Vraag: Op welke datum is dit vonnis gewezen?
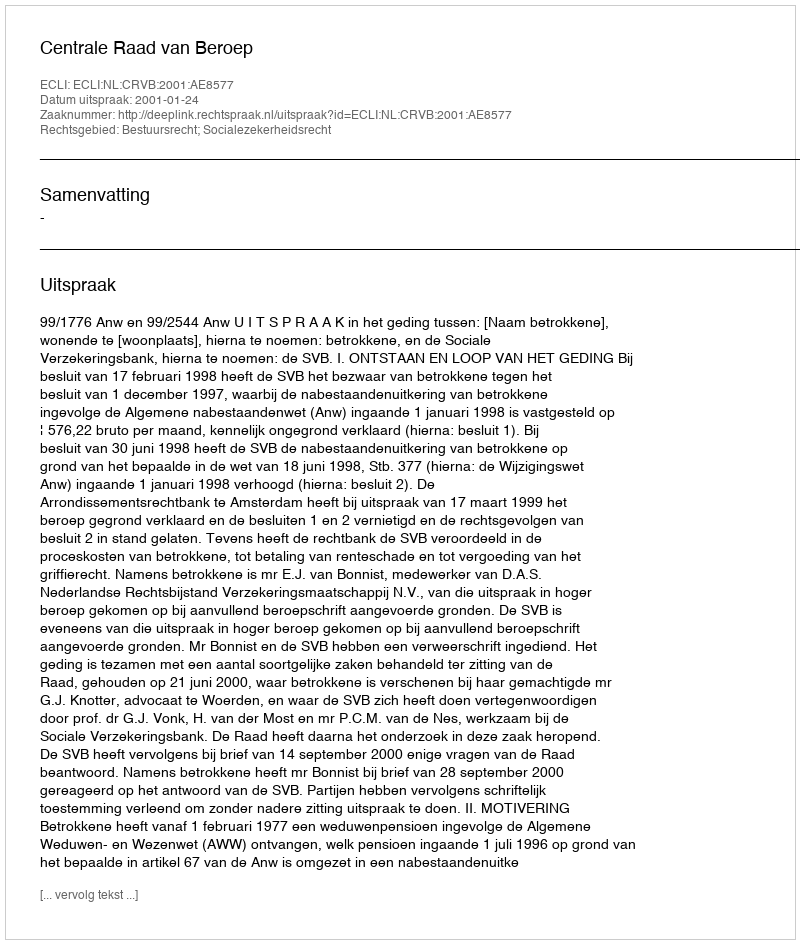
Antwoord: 2001-01-24